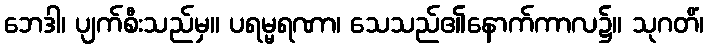
ဘေဒါ၊ ပျက်စီးသည်မှ။ ပရမ္မရဏာ၊ သေသည်၏နောက်ကာလ၌။ သုဂတိံ၊